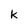
Character: k